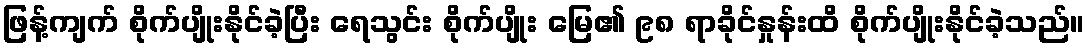
ဖြန့်ကျက် စိုက်ပျိုးနိုင်ခဲ့ပြီး ရေသွင်း စိုက်ပျိုး မြေ၏ ၉၈ ရာခိုင်နှုန်းထိ စိုက်ပျိုးနိုင်ခဲ့သည်။